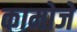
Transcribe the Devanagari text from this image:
कामोजे